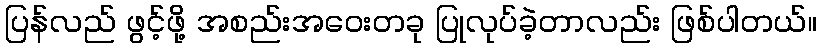
ပြန်လည် ဖွင့်ဖို့ အစည်းအဝေးတခု ပြုလုပ်ခဲ့တာလည်း ဖြစ်ပါတယ်။